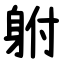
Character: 䠵